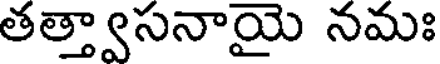
తత్త్వాసనాయై నమః